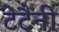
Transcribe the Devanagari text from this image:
टेटैनी